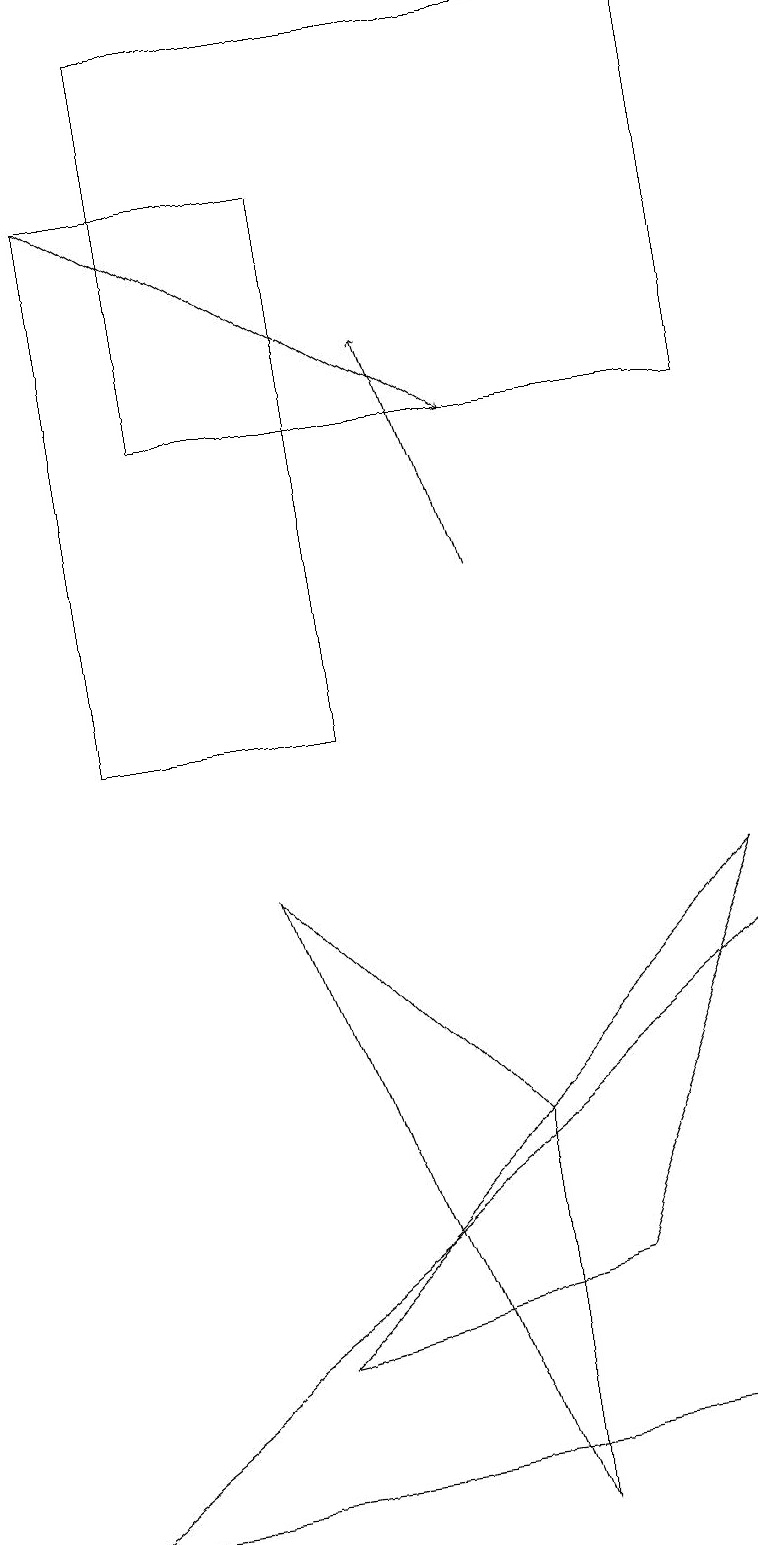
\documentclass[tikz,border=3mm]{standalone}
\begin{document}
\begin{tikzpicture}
\draw (4,10) rectangle (1,17);
\draw (9,8) -- (3,2) -- (7,3) -- cycle;
\draw (9,19) rectangle (2,14);
\draw (9,1) -- (0,0) -- (9,7) -- cycle;
\draw[->] (6,12) -- (5,15);
\draw[->] (1,17) -- (6,14);
\draw (6,5) -- (6,0) -- (3,8) -- cycle;
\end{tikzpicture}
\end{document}